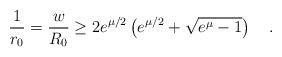
LaTeX: \begin{align*}\frac{1}{r_0} = \frac{w}{R_0} \geq 2e^{\mu/2}\left(e^{\mu/2}+\sqrt{e^{\mu}-1}\right)\quad.\end{align*}